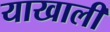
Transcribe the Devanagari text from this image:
याखाली